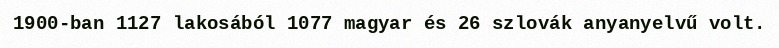
1900-ban 1127 lakosából 1077 magyar és 26 szlovák anyanyelvű volt.